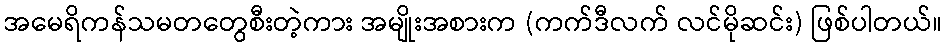
အမေရိကန်သမတတွေစီးတဲ့ကား အမျိုးအစားက (ကက်ဒီလက် လင်မိုဆင်း) ဖြစ်ပါတယ်။